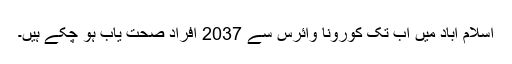
اسلام آباد میں اب تک کورونا وائرس سے 2037 افراد صحت یاب ہو چکے ہیں۔